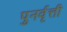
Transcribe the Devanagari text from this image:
पुनर्वृत्ती